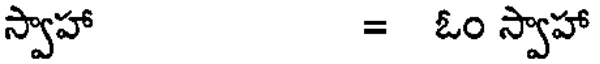
స్వాహా = ఓం స్వాహా